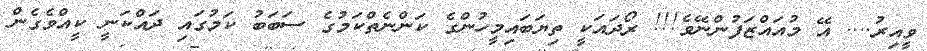
ވީއިރު.... އޭ މުއައްޒަފުންނޭވެ!!! ރޯދައަކީ ތިޔަބައިމީހުންގެ ކަންނެތްކަމުގެ ސަބަބު ކަމުގައި ދައްކަނީ ކީއްވެގެން